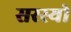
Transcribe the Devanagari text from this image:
सरस्‍यो